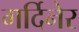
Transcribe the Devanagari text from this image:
गर्दिनेर